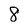
Character: 8